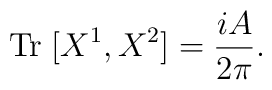
{\rm Tr}\;[X^1, X^2] = \frac{iA}{2 \pi}.